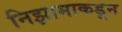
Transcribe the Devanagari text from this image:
निझामाकडून